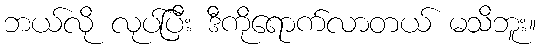
ဘယ်လို လုပ်ပြီး ဒီကိုရောက်လာတယ် မသိဘူး။